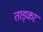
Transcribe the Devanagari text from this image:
ताड़कर